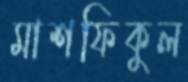
মাশফিকুল